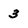
Character: 3